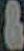
&